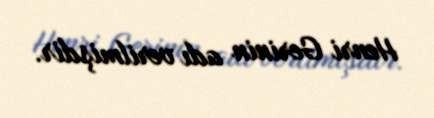
Henri Gerinin adı verilmişdir.